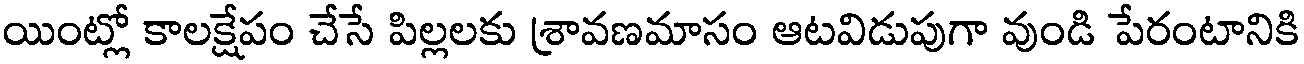
యింట్లో కాలక్షేపం చేసే పిల్లలకు శ్రావణమాసం ఆటవిడుపుగా వుండి పేరంటానికి